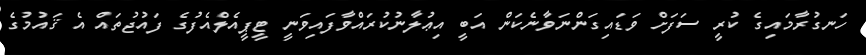
ހަނގުރާމައިގެ ކުރީ ސަފަށް ވަޑައިގަންނަވާނެކަން އަބީ އިޢުލާނުކުރައްވާފައިވަނީ ޓީޕީއެލްއެފުގެ ފައުޖުތައް އެ ޤައުމުގެ